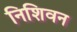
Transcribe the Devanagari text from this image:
निशिवन